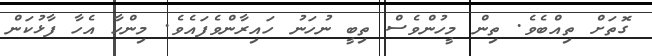
ގޮތަށް ތިއްބެވެ. ތިން މީހުންވެސް ތިބީ ނުހަނު ހައިރާންވެފައެވެ. މިންހާ އެހާ ފާޅުކަން